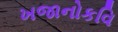
ખજાનોકવિ